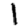
Digit: 1